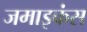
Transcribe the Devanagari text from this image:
जमाइकंस